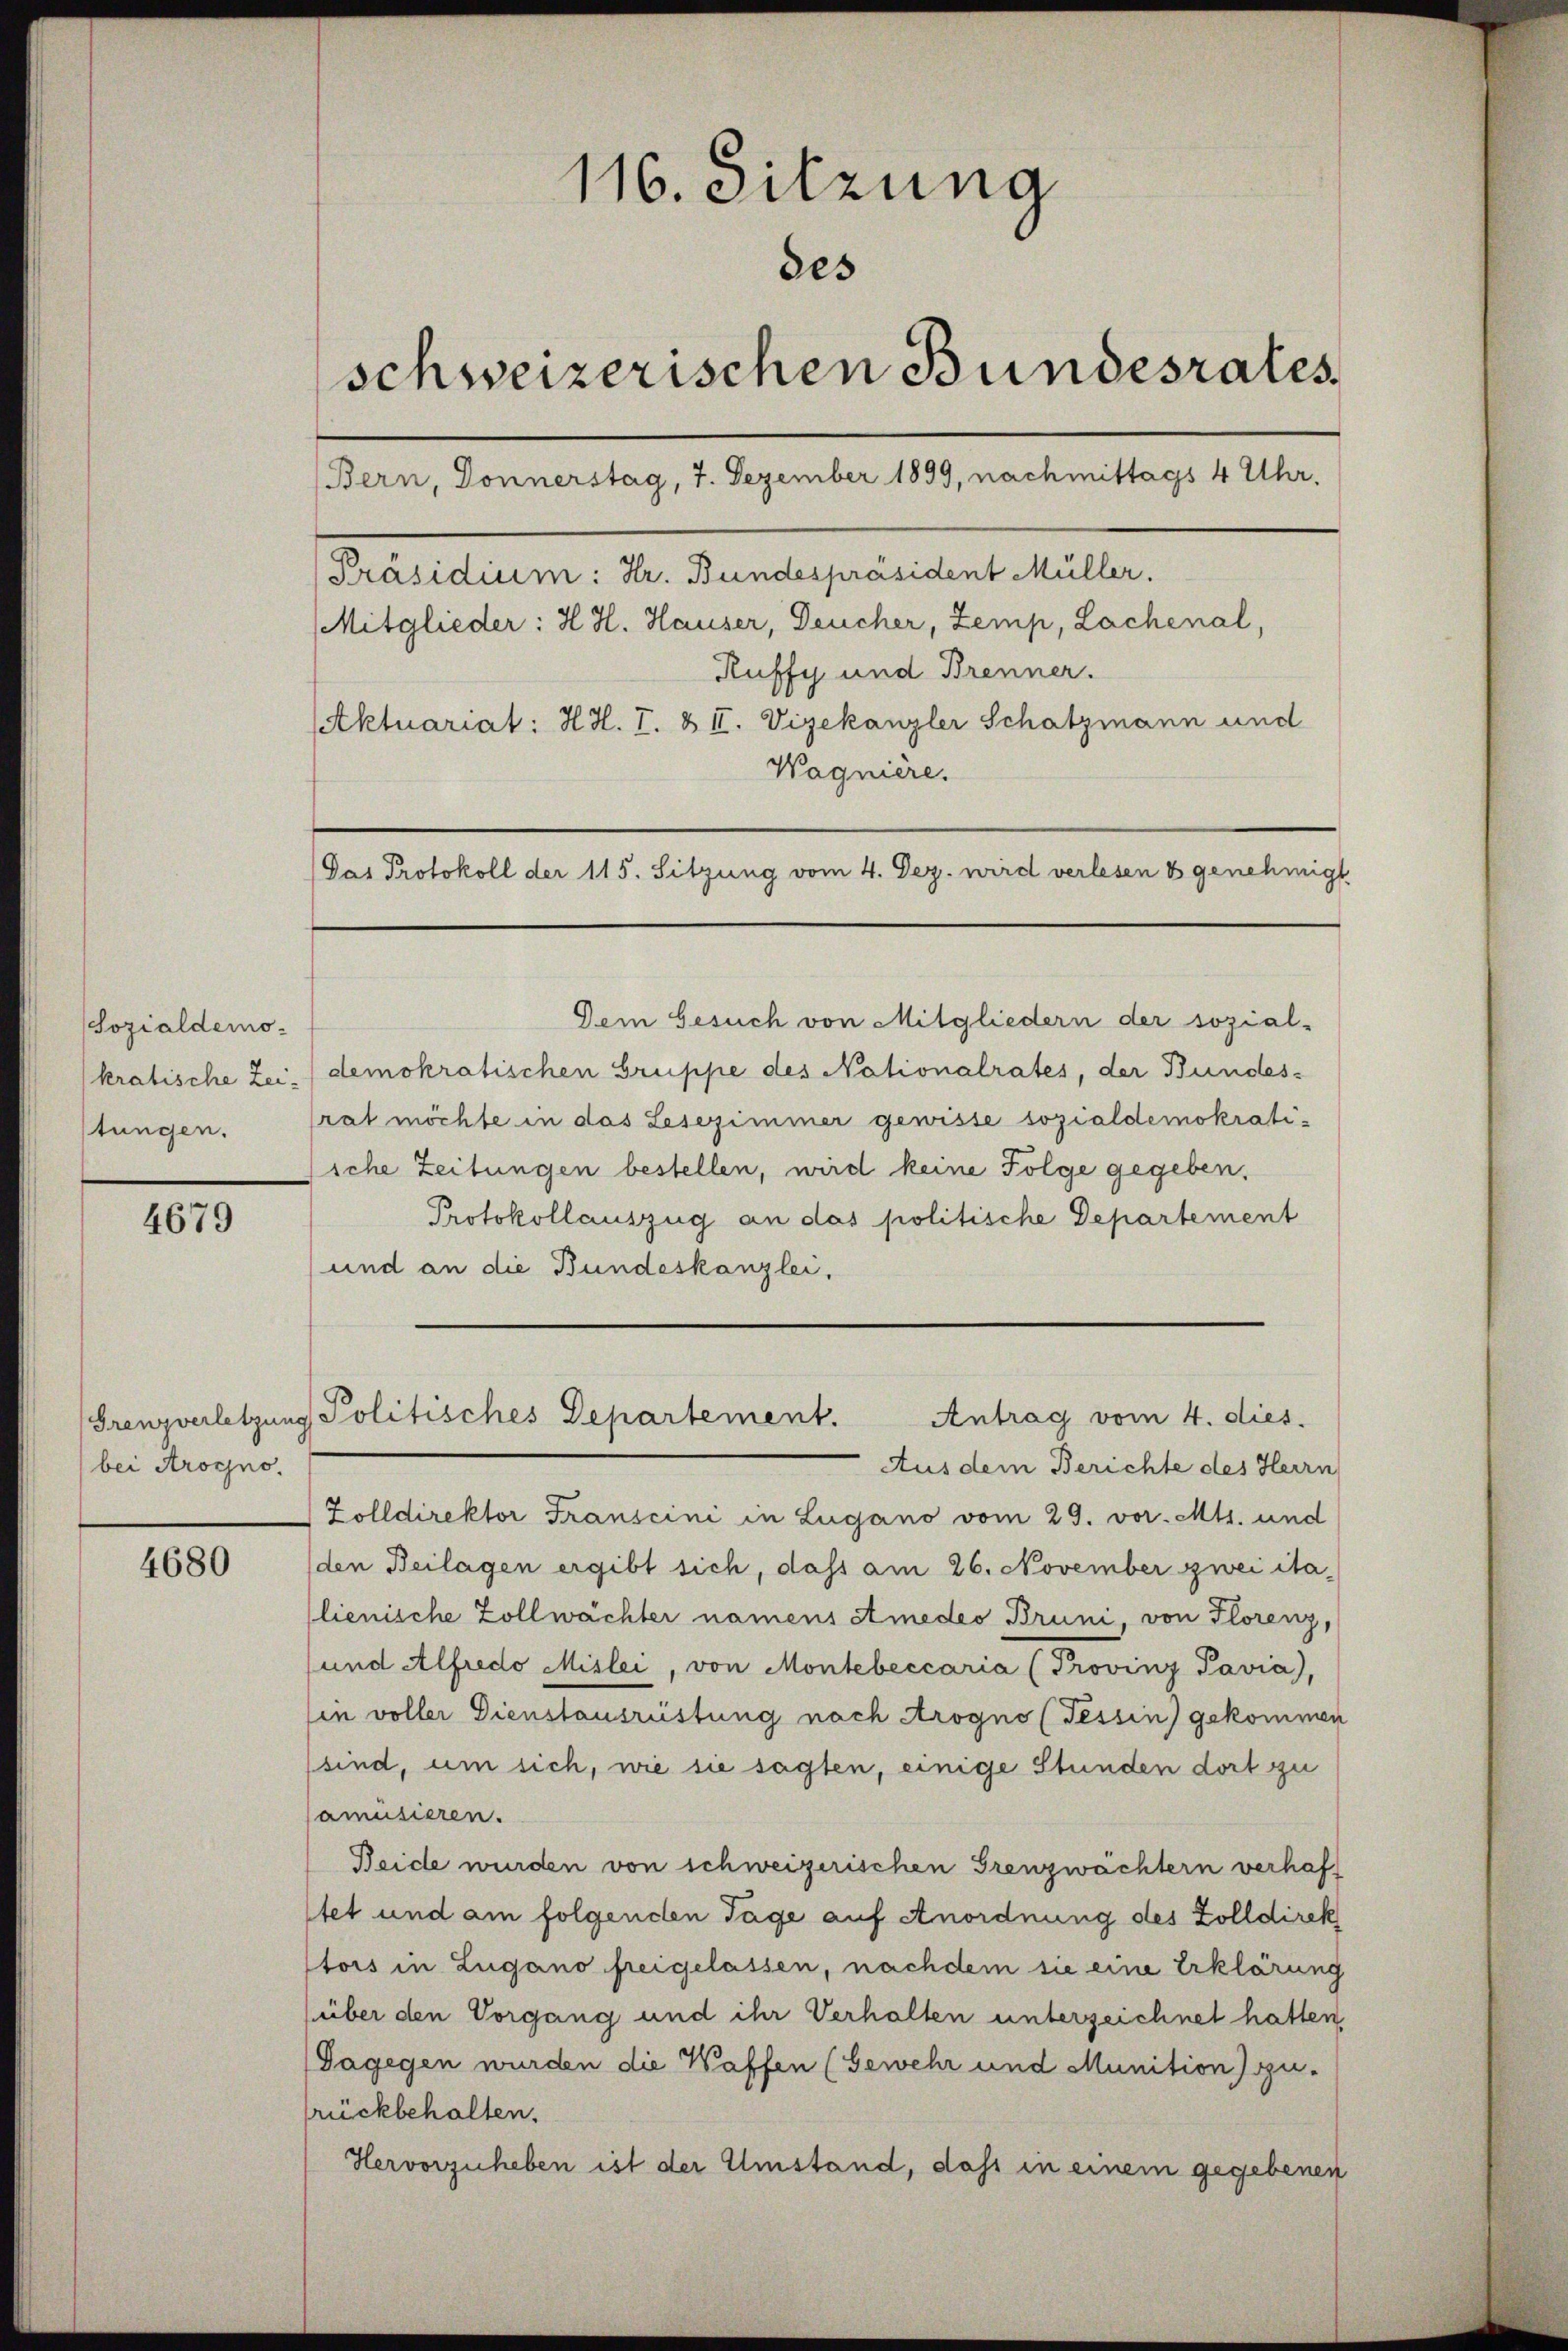
Sozialdemo-
kratische Zei-
stungen.

4679

bei Arogno.

4680

116. Sitzung
des
schweizerischen Bundesrates
Bern, Donnerstag, 7. Dezember 1899, nachmittags 4 Uhr,
[Präsidium: Hr. Bundespräsident Müller.
Mitglieder: H. H. Hauser, Deucher, Zemp, Lachenal,
Ruffy und Brenner.
Aktuariat: H. H. T. & II. Vizekanzler Schatzmann und

Wagnière.
Pas Protokoll der 115. Sitzung vom 4. Dez. wird verlesen & genehmigt

Antrag vom 4. dies.
Grenzverletzung Politisches Departement.

Dem Gesuch von Mitgliedern der sozial-
demokratischen Gruppe des Nationalrates, der Bundes-
rat möchte in das Lesezimmer gewisse sozialdemokratiiche Zeitungen bestellen, wird keine Folge gegeben,
Protokollauszug an das politische Departement
und an die Bundeskanzlei.
Aus dem Berichte des Herrn
Zolldirektor Franscini in Lugano vom 29. vor. Mts. und
(den Beilagen ergibt sich, dass am 26. November zwei italienische Zollwächter namens Amedes Bruni, von Florenz,
und Alfredo Mislei, von Montebeccaria (Provinz Pavia),
in voller Dienstausrüstung nach Arogno (Tessin) gekommen
sind, um sich, wie sie sagten, einige Stunden dort zu
amusieren.
Beide wurden von schweizerischen Grenzwächtern verhaft
tet und am folgenden Tage auf Anordnung des Zolldirek
tors in Lugano freigelassen, nachdem sie eine Erklärung
(über den Vorgang und ihr Verhalten unterzeichnet hatten,
(Gagegen wurden die Waffen (Gewehr und Munition gufrückbehalten.
Hervorzuheben ist der Umstand, dass in einem gegebenen